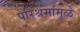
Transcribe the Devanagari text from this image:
परिश्रमांमुळे